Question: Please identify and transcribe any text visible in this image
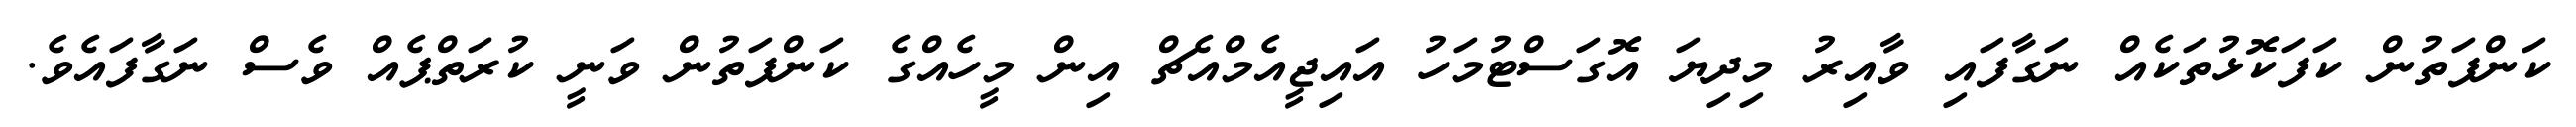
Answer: ކަންފަތުން ކަފަކޮޅުތަކެއް ނަގާފައި ވާއިރު މިދިޔަ އޮގަސްޓުމަހު އައިޖީއެމްއެޗް އިން މީހެއްގެ ކަންފަތުން ވަނީ ކުރަތްޕެއް ވެސް ނަގާފައެވެ.